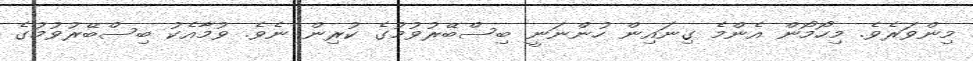
މިންވަރެވެ. މިހޯމޯން އެންމެ ގިނައިން ހުންނަނީ ބިސްބޭރުވުމުގެ ކުރިން ނެވެ. ވުމާއެކު ބިސްބޭރުވުމުގެ